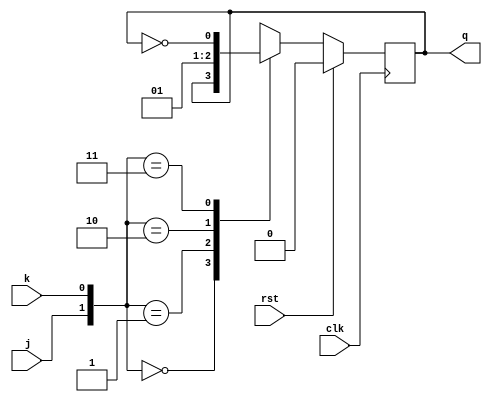
module jkff(j,k,clk,rst,q);
  
  input j,k,clk,rst;
  output reg q;
  
  always@(posedge clk)
    begin
      if(rst)
        q<=0;
      else
        case({j,k})
          2'b00: q<=q;
          2'b01: q<=0;
          2'b10: q<=1;
          2'b11: q<=~q;
        endcase
    end
endmodule